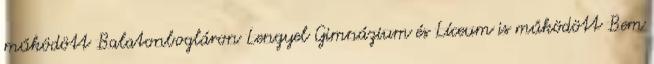
működött Balatonbogláron Lengyel Gimnázium és Líceum is működött Bem